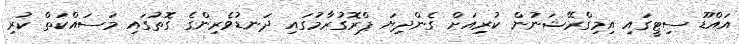
އައްޑޫ ސިޓީގައި އިމިގްރޭޝަނުން ކުރިއަށް ގެންދިޔަ ޕްރޮގުރާމުގައި ދަނޑުވެރިންގެ ގޮތުގައި މަސައްކަތް ކުރި